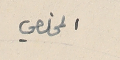
المخلصي